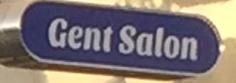
gent